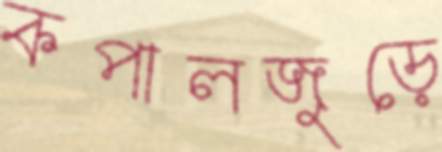
কপালজুড়ে